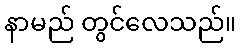
နာမည် တွင်လေသည်။